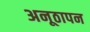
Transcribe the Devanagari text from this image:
अनूठापन